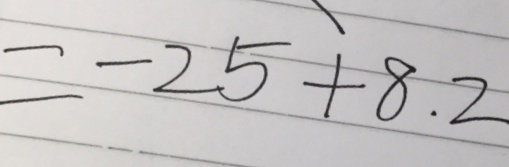
= - 2 5 + 8 . 2